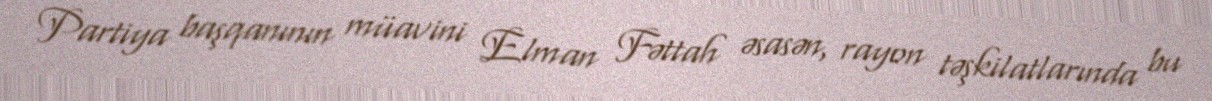
Partiya başqanının müavini Elman Fəttah əsasən, rayon təşkilatlarında bu